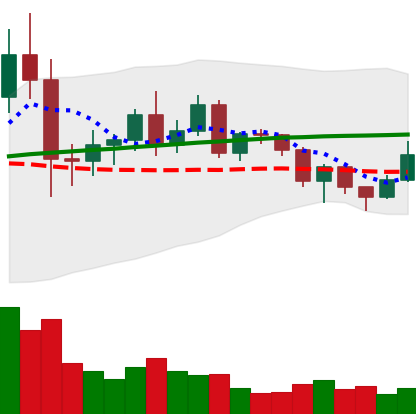
Ticker: NEO-USD
Chart end date: 2020-12-13
Forward return: 3.826%
Label: up_3_5